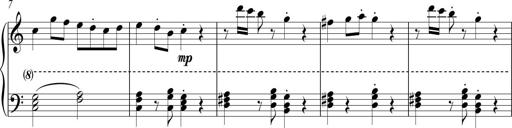
Title: Sonatina No. 1 in C
Composer: A. Marando
Key: C major